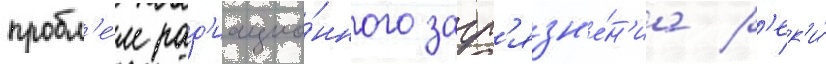
пробл'е́м рад'иацио́нного загр'язн'е́н'иа р'ек'и́